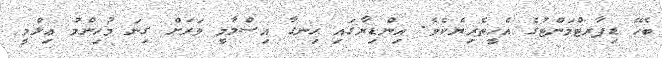
ބެހޭ ޑިޕާރޓްމަންޓުގެ އެހީތެރިޔެކެވެ. އިންޑިޔާގައި ހިނގާ އިސްލާމީ ވަރަށް ގިނަ މުހިންމު ޢިލްމީ